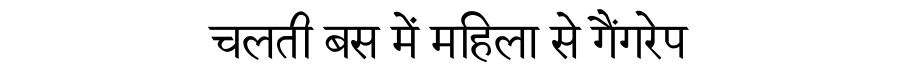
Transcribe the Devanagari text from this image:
चलती बस में महिला से गैंगरेप